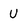
Character: U